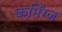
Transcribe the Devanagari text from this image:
कमिंग्ज़